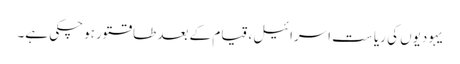
یہودیوں کی ریا ست اسرائیل، قیام کے بعد طاقتور ہوچکی ہے۔